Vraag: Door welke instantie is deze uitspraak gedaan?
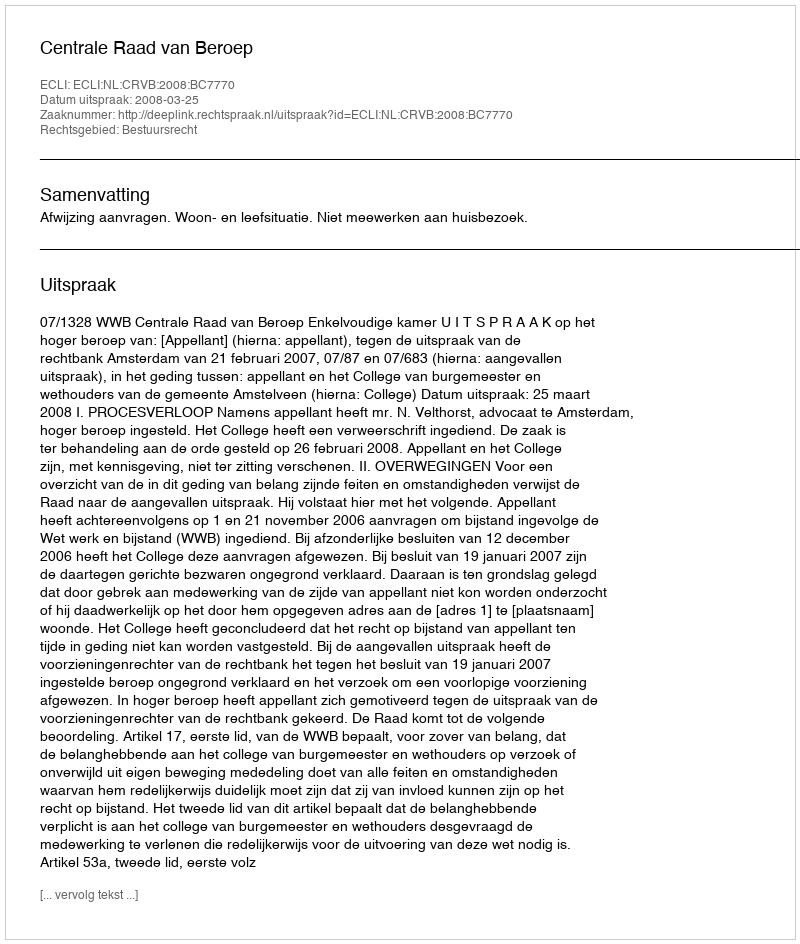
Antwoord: Centrale Raad van Beroep